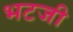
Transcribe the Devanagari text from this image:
भटजी